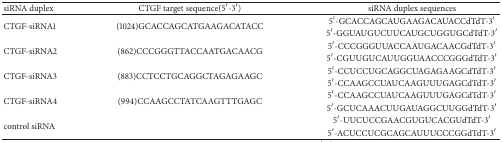
| siRNA duplex | CTGF target sequence(5′-3′) | siRNA duplex sequences |
 | --- | --- | --- |
 | <ROWSPAN=2> CTGF-siRNA1 | <ROWSPAN=2> (1024)GCACCAGCATGAAGACATACC | 5′-GCACCAGCAUGAAGACAUACCdTdT-3′ |
 | 5′-GGUAUGUCUUCAUGCUGGUGCdTdT-3′ |
 | <ROWSPAN=2> CTGF-siRNA2 | <ROWSPAN=2> (862)CCCGGGTTACCAATGACAACG | 5′-CCCGGGUUACCAAUGACAACGdTdT-3′ |
 | 5′-CGUUGUCAUUGGUAACCCGGGdTdT-3′ |
 | <ROWSPAN=2> CTGF-siRNA3 | <ROWSPAN=2> (883)CCTCCTGCAGGCTAGAGAAGC | 5′-CCUCCUGCAGGCUAGAGAAGCdTdT-3′ |
 | 5′-CCAAGCCUAUCAAGUUUGAGCdTdT-3′ |
 | <ROWSPAN=2> CTGF-siRNA4 | <ROWSPAN=2> (994)CCAAGCCTATCAAGTTTGAGC | 5′-CCAAGCCUAUCAAGUUUGAGCdTdT-3′ |
 | 5′-GCUCAAACUUGAUAGGCUUGGdTdT-3′ |
 | <ROWSPAN=2> control siRNA |  | 5′-UUCUCCGAACGUGUCACGUdTdT-3′ |
 |  | 5′-ACUCCUCGCAGCAUUUCCCGGdTdT-3′ |